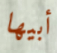
أبيها